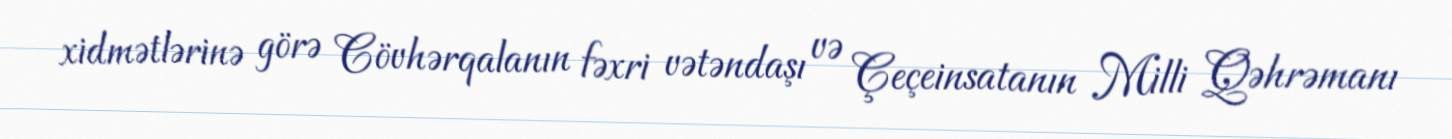
xidmətlərinə görə Cövhərqalanın fəxri vətəndaşı və Çeçeinsatanın Milli Qəhrəmanı